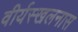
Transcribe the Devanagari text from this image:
वीर्यस्खलनास